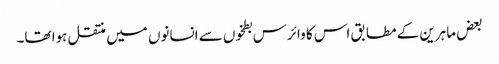
بعض ماہرین کے مطابق اس کا وائرس بطخوں سے انسانوں میں منتقل ہوا تھا۔